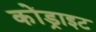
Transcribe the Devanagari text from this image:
कोंड्राइट